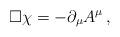
LaTeX: \begin{align*}\Box \chi = -\partial_\mu A^\mu \, , \end{align*}